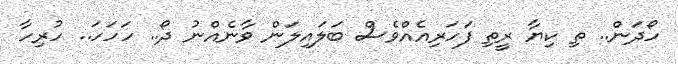
ހޯދަން.. ތި ކިޔާ ރީތި ފަހަރިއެއްވެސް ބަލައިލަން ވާނެއްނު ދޯ.. ހަހަހަ.. ހުރިހާ